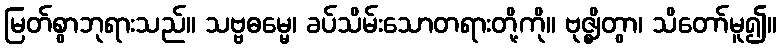
မြတ်စွာဘုရားသည်။ သဗ္ဗဓမ္မေ၊ ခပ်သိမ်းသောတရားတို့ကို။ ဗုဇ္ဈိတွာ၊ သိတော်မူ၍။